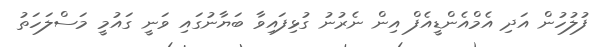
ފުލުހުން އަދި އެމްއެންޑީއެފް އިން ނެރުނު ގުޅިފައިވާ ބަޔާނުގައި ވަނީ ގައުމީ މަސްލަހަތު